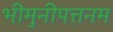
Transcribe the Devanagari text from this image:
भीमुनीपत्तनम